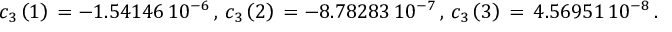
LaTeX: c _ { 3 } \left( 1 \right) \, = - 1 . 5 4 1 4 6 \, 1 0 ^ { - 6 } \, , \, c _ { 3 } \left( 2 \right) \, = - 8 . 7 8 2 8 3 \, 1 0 ^ { - 7 } \, , \, c _ { 3 } \left( 3 \right) \, = \, 4 . 5 6 9 5 1 \, 1 0 ^ { - 8 } \, .